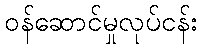
ဝန်ဆောင်မှုလုပ်ငန်း